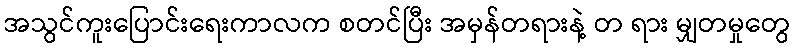
အသွင်ကူးပြောင်းရေးကာလက စတင်ပြီး အမှန်တရားနဲ့ တ ရား မျှတမှုတွေ